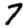
Digit: 7